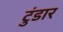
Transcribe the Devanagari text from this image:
टुंडार